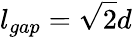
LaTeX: l_{gap}=\sqrt{2}d